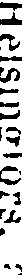
Helsingfors, a